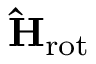
\mathrm { \bf \hat { H } } _ { \mathrm { r o t } }